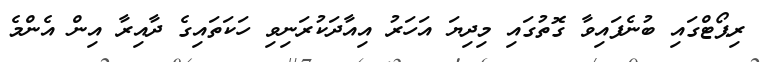
ރިޕޯޓްގައި ބުނެފައިވާ ގޮތުގައި މިދިޔަ އަހަރު އިއާދަކުރަނިވި ހަކަތައިގެ ދާއިރާ އިން އެންމެ